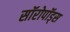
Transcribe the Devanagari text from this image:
सॉरोपॉड्स